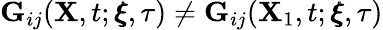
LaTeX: \mathbf{G}_{ij}(\mathbf{X},t;\pmb{\xi},\tau)\neq\mathbf{G}_{ij}(\mathbf{X}_{1},t;\pmb{\xi},\tau)